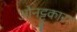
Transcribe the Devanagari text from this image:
ओनट्टुकारा